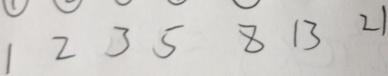
1 2 3 5 8 1 3 2 1